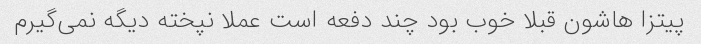
پیتزا هاشون قبلا خوب بود چند دفعه است عملا نپخته دیگه نمی‌گیرم